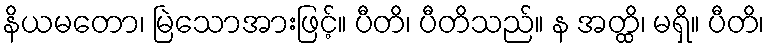
နိယမတော၊ မြဲသောအားဖြင့်။ ပီတိ၊ ပီတိသည်။ န အတ္ထိ၊ မရှိ။ ပီတိ၊